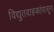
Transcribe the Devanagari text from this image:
विद्युतवाहकांपासून